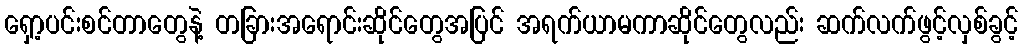
ရှော့ပင်းစင်တာတွေနဲ့ တခြားအရောင်းဆိုင်တွေအပြင် အရက်ယာမကာဆိုင်တွေလည်း ဆက်လက်ဖွင့်လှစ်ခွင့်